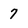
Character: 7